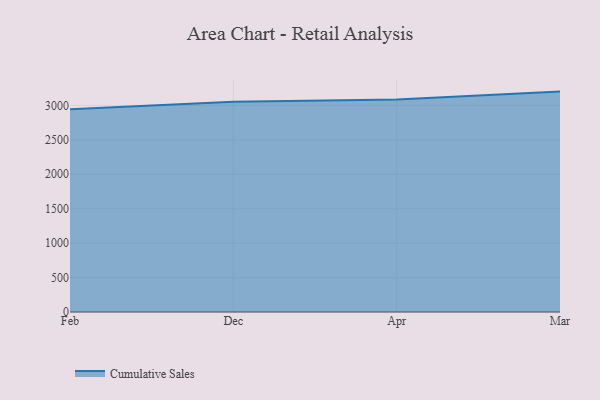
{"axis": {"x": "Month", "y": "Page Views"}, "legend": ["Cumulative Sales"], "data": [{"x": "Feb", "y": 2945.1, "type": "Cumulative Sales"}, {"x": "Dec", "y": 3051.8, "type": "Cumulative Sales"}, {"x": "Apr", "y": 3084.7, "type": "Cumulative Sales"}, {"x": "Mar", "y": 3200.7, "type": "Cumulative Sales"}]}